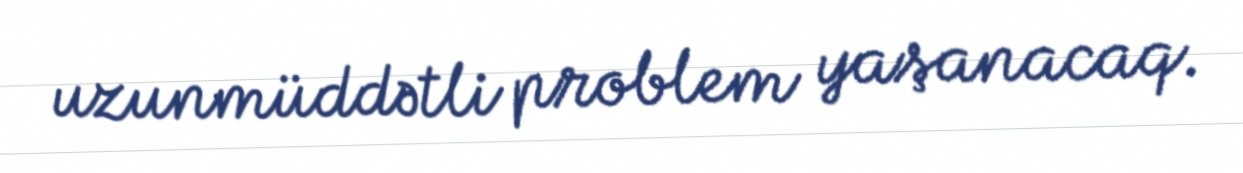
uzunmüddətli problem yaşanacaq.